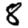
Digit: 8